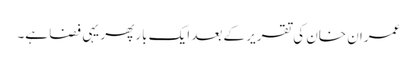
عمران خان کی تقریر کے بعد ایک بار پھر یہی فضا ہے۔